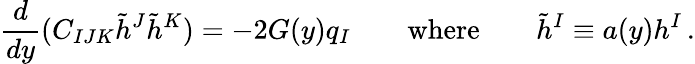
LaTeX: {\frac{d}{dy}}(C_{IJK}\tilde{h}^{J}\tilde{h}^{K})=-2G(y)q_{I}\qquad\mathrm{where}\qquad\tilde{h}^{I}\equiv a(y)h^{I}\, .